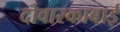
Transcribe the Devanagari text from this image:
दोवारकाबाई